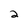
Character: 2